Civil Veterinary Department Bihar reports 1936-40 - 1936-1940
Year: 1936
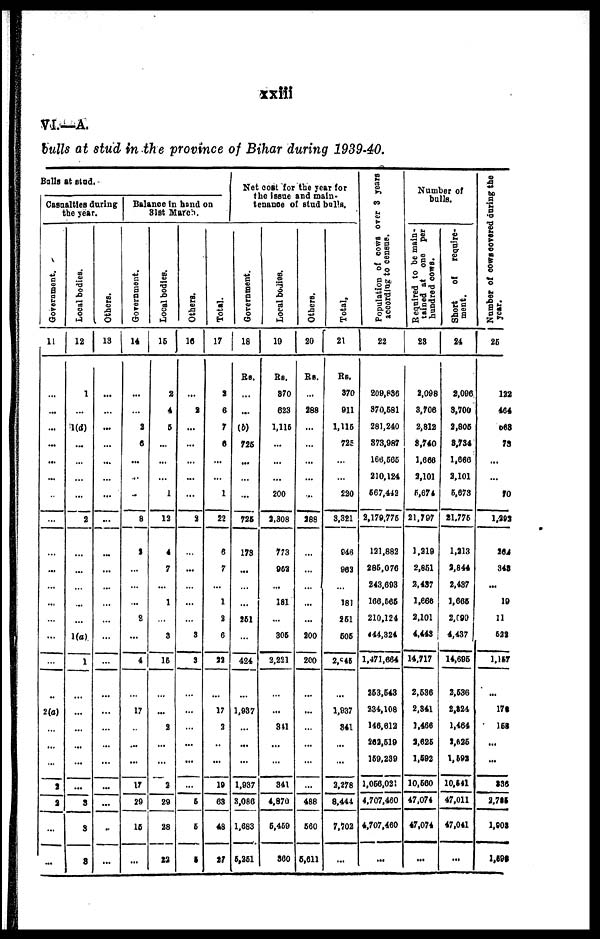
xxiii
VI—A.
bulls at stud in the province of Bihar during 1939-40.
Balls at stud.
Casualties daring
the year.
Government.
11
...
...
...
...
...
...
...
...
...
...
...
...
...
...
...
...
2(a)
...
...
...
2
2
...
...
Local bodies.
12
1
...
1(d)
...
...
...
...
2
...
...
...
...
...
1(a)
1
...
...
...
...
...
...
3
3
8
Others.
13
...
...
...
...
...
...
...
...
...
...
...
...
...
...
...
...
...
...
...
...
...
...
...
...
Balance in hand on
31st March.
Government.
14
...
...
2
6
...
..
..
8
2
...
...
...
2
...
4
...
17
...
...
...
17
29
16
...
Local bodies.
15
2
4
6
...
...
...
1
12
4
7
...
1
...
3
16
...
...
2
...
...
2
29
28
22
Others.
16
...
2
...
...
...
...
...
8
...
...
...
...
...
3
3
...
...
...
...
...
...
6
6
5
Total.
17
2
6
7
6
...
...
1
22
6
7
...
1
2
6
32
...
17
2
...
...
19
63
48
27
Net cost for the year for
the issue and main-
tenance of stud bulls.
Government.
18
Rs.
...
...
(b)
726
...
...
...
726
173
...
...
...
251
...
424
...
1,987
...
...
...
1,937
8,086
1,683
5,251
Local bodies.
19
Rs.
370
623
1,115
...
...
...
200
2,308
773
962
...
181
...
306
2,221
...
...
341
...
...
341
4,870
6,469
360
Others.
20
RS.
...
288
...
...
...
...
...
288
...
...
...
...
...
200
200
...
...
...
...
...
...
488
660
5,611
Total,
21
RS.
370
911
1,116
725
...
...
220
3,321
946
962
...
181
21
606
2,845
...
1,937
341
...
...
2,278
8,444
7,702
...
Poulation of cows over 3 years
according
22
209,836
370,681
281,240
373,987
166,565
210,124
567,442
2,179,775
121,882
286,076
243,693
166,565
210,124
444,324
1,471,664
253,543
234,108
146,612
262,519
169,239
1,056,021
4,707,460
4,707,460
...
Number of
bulls.
Required to be main-
tained at one per
hundred cows.
23
2,098
3,706
2,812
8,740
1,666
2,101
5,674
21,797
1,219
2,861
2,437
1,666
2,101
4.443
14,717
2,636
2,341
1,466
2,625
1,692
10,660
47,074
47,074
...
Short
of
require-
ment.
24
2,096
3,700
2,806
8,734
1,666
2,101
6,673
21,776
1,213
2,844
2,437
1,665
2,090
4,437
14,696
2,636
2,224
1,464
2,625
1,592
10,641
47,011
47,041
...
Number of cows covered during the
year.
25
122
404
668
73
...
...
70
1,202
264
348
...
10
11
622
1,157
170
168
...
...
236
2,725
1,902
1,598